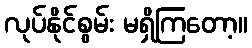
လုပ်နိုင်စွမ်း မရှိကြတော့။